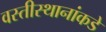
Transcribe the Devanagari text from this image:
वस्तीस्थानांकडे